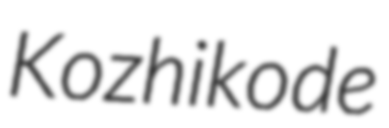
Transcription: Kozhikode